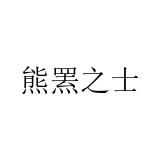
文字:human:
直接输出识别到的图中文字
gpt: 熊罴之士